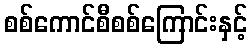
စစ်ကောင်စီစစ်ကြောင်းနှင့်